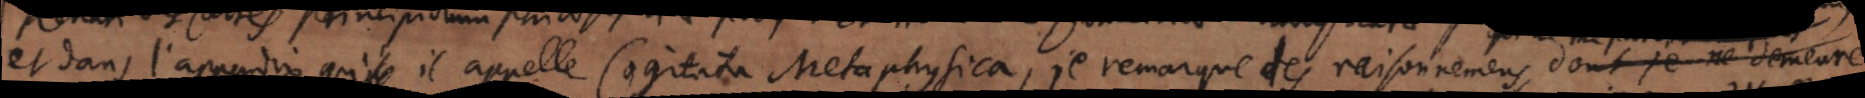
et dans l’appendix qu’il appelle Cogita Metaphysica, je remarque des raisonnemens, dont je ne demeure